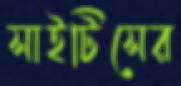
সাইটিসের